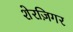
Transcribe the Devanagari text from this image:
शेरज़िगर